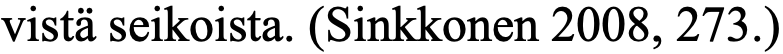
vistä seikoista. (Sinkkonen 2008, 273.)